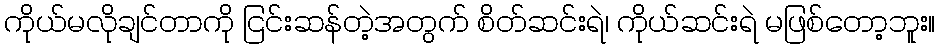
ကိုယ်မလိုချင်တာကို ငြင်းဆန်တဲ့အတွက် စိတ်ဆင်းရဲ၊ ကိုယ်ဆင်းရဲ မဖြစ်တော့ဘူး။